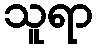
သူရာ